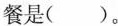
餐是( )。